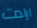
ارادت